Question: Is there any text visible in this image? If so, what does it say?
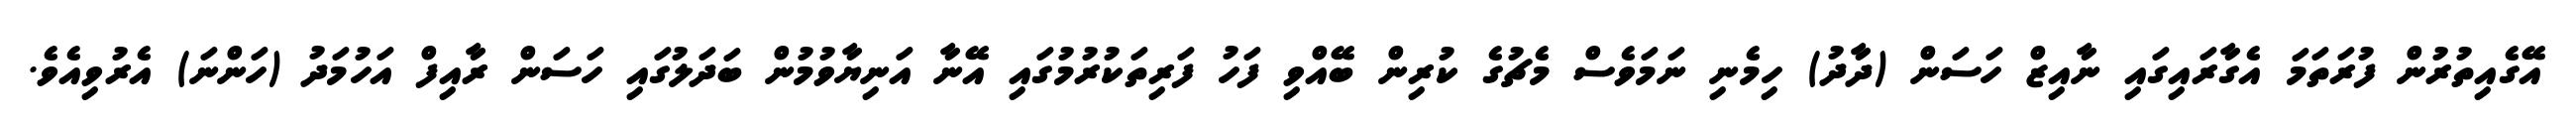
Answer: އޭގެއިތުރުން ފުރަތަމަ އެގާރައިގައި ނާއިޒް ހަސަން (ދާދު) ހިމެނި ނަމަވެސް މެޗުގެ ކުރިން ބޭއްވި ފަހު ފަރިތަކުރުމުގައި އޭނާ އަނިޔާވުމުން ބަދަލުގައި ހަސަން ރާއިފް އަހުމަދު (ހަންނަ) އެރުވިއެވެ.